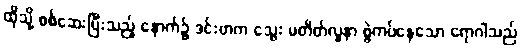
ထိုသို့ စစ်ဆေးပြီးသည့် နောက်၌ ဒင်းဗာက သွေး မတိတ်လူနာ စွဲကပ်နေသော ရောဂါသည်